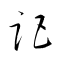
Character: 距